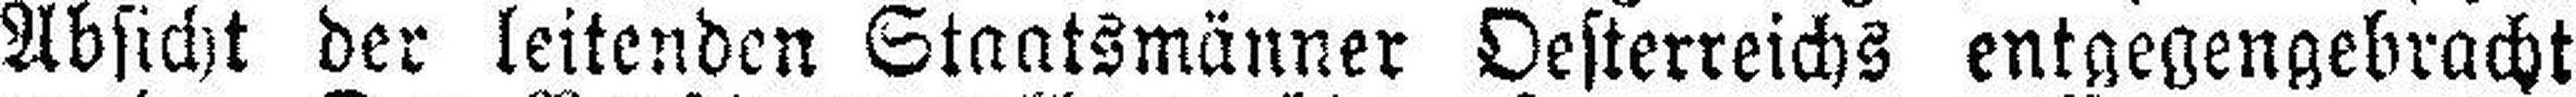
Absicht der leitenden Staatsmänner Oesterreichs entgegengebracht